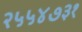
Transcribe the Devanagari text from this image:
२५५४७३१